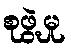
စုဖွဲ့မှု